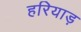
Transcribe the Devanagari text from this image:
हरियाड़